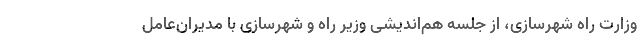
وزارت راه شهرسازی، از جلسه هم‌اندیشی وزیر راه و شهرسازی با مدیران‌عامل